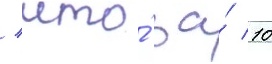
/ что́ за́ 10